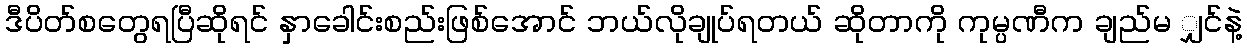
ဒီပိတ်စတွေရပြီဆိုရင် နှာခေါင်းစည်းဖြစ်အောင် ဘယ်လိုချုပ်ရတယ် ဆိုတာကို ကုမ္ပဏီက ချည်မ ျှင်နဲ့